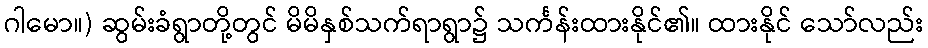
ဂါမော။) ဆွမ်းခံရွာတို့တွင် မိမိနှစ်သက်ရာရွာ၌ သင်္ကန်းထားနိုင်၏။ ထားနိုင် သော်လည်း